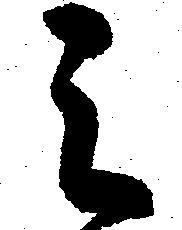
之